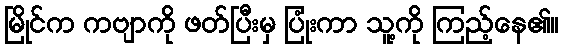
မြိုင်က ကဗျာကို ဖတ်ပြီးမှ ပြုံးကာ သူ့ကို ကြည့်နေ၏။